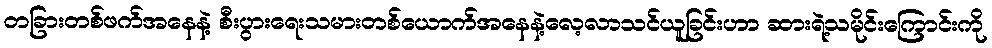
တခြားတစ်ဖက်အနေနဲ့ စီးပွားရေးသမားတစ်ယောက်အနေနဲ့လေ့လာသင်ယူခြင်းဟာ ဆားရဲ့သမိုင်းကြောင်းကို